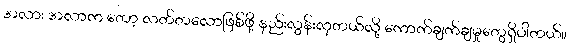
အလား အလာက တော့ လတ်တလောဖြစ်ဖို့ နည်းလွန်းလှတယ်လို့ ကောက်ချက်ချမှုတွေရှိပါတယ်။